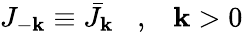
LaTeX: J_{-\mathbf{k}}\equiv\bar{{J}}_{\mathbf{k}}\; \; \; ,\; \; \; \mathbf{k}>0